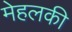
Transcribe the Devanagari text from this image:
मेहलकी